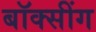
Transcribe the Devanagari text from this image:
बॉक्सींग